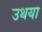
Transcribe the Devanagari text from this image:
उथया